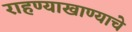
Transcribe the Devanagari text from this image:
राहण्याखाण्याचे